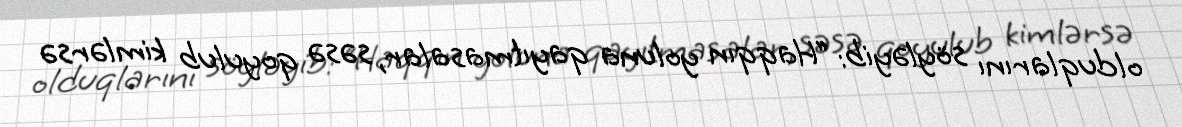
olduqlarını söyləyib: “Haqqın yoluna qayıtmasalar, səsə qoyulub kimlərsə